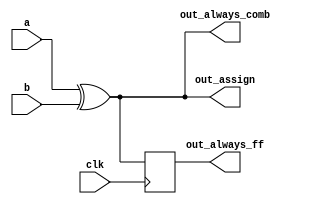
/**
 * Build an XOR gate three ways, using an assign statement, a combinational always block, and a clocked always block. Note that the clocked always block produces a different circuit from the other two: There is a flip-flop so the output is delayed.
 */

module top_module(
    input clk,
    input a,
    input b,
    output wire out_assign,
    output reg out_always_comb,
    output reg out_always_ff   );

    assign out_assign = a ^ b;
    
    always @(*) begin
        out_always_comb = a ^ b;
    end
    
    always @(posedge clk) begin
        out_always_ff <= a ^ b;
    end
    
endmodule